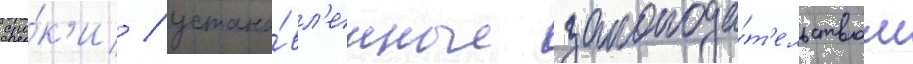
сро́к'и / устано́вл'енные законода́т'ельством